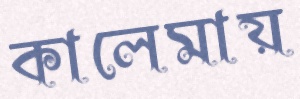
কালেমায়